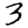
Digit: 3